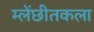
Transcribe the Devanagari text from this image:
म्लेंछीतकला